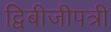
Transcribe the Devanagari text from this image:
द्विबीजीपत्री